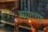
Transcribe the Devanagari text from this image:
अघेराच्या